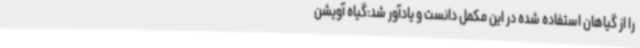
را از گیاهان استفاده شده در این مکمل دانست و یادآور شد:گیاه آویشن